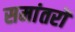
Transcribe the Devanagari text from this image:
समांतरों